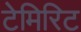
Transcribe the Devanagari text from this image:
टेमिरिट